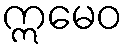
ဣမေဝ